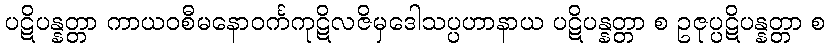
ပဋိပန္နတ္တာ ကာယဝစီမနောဝင်္ကကုဋိလဇိမှဒေါသပ္ပဟာနာယ ပဋိပန္နတ္တာ စ ဥဇုပ္ပဋိပန္နတ္တာ စ